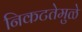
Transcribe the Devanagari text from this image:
निकटतेमुळे